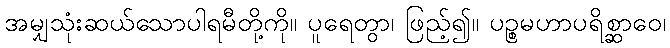
အမျှသုံးဆယ်သောပါရမီတို့ကို။ ပူရေတွာ၊ ဖြည့်၍။ ပဉ္စမဟာပရိစ္ဆာဝေ၊